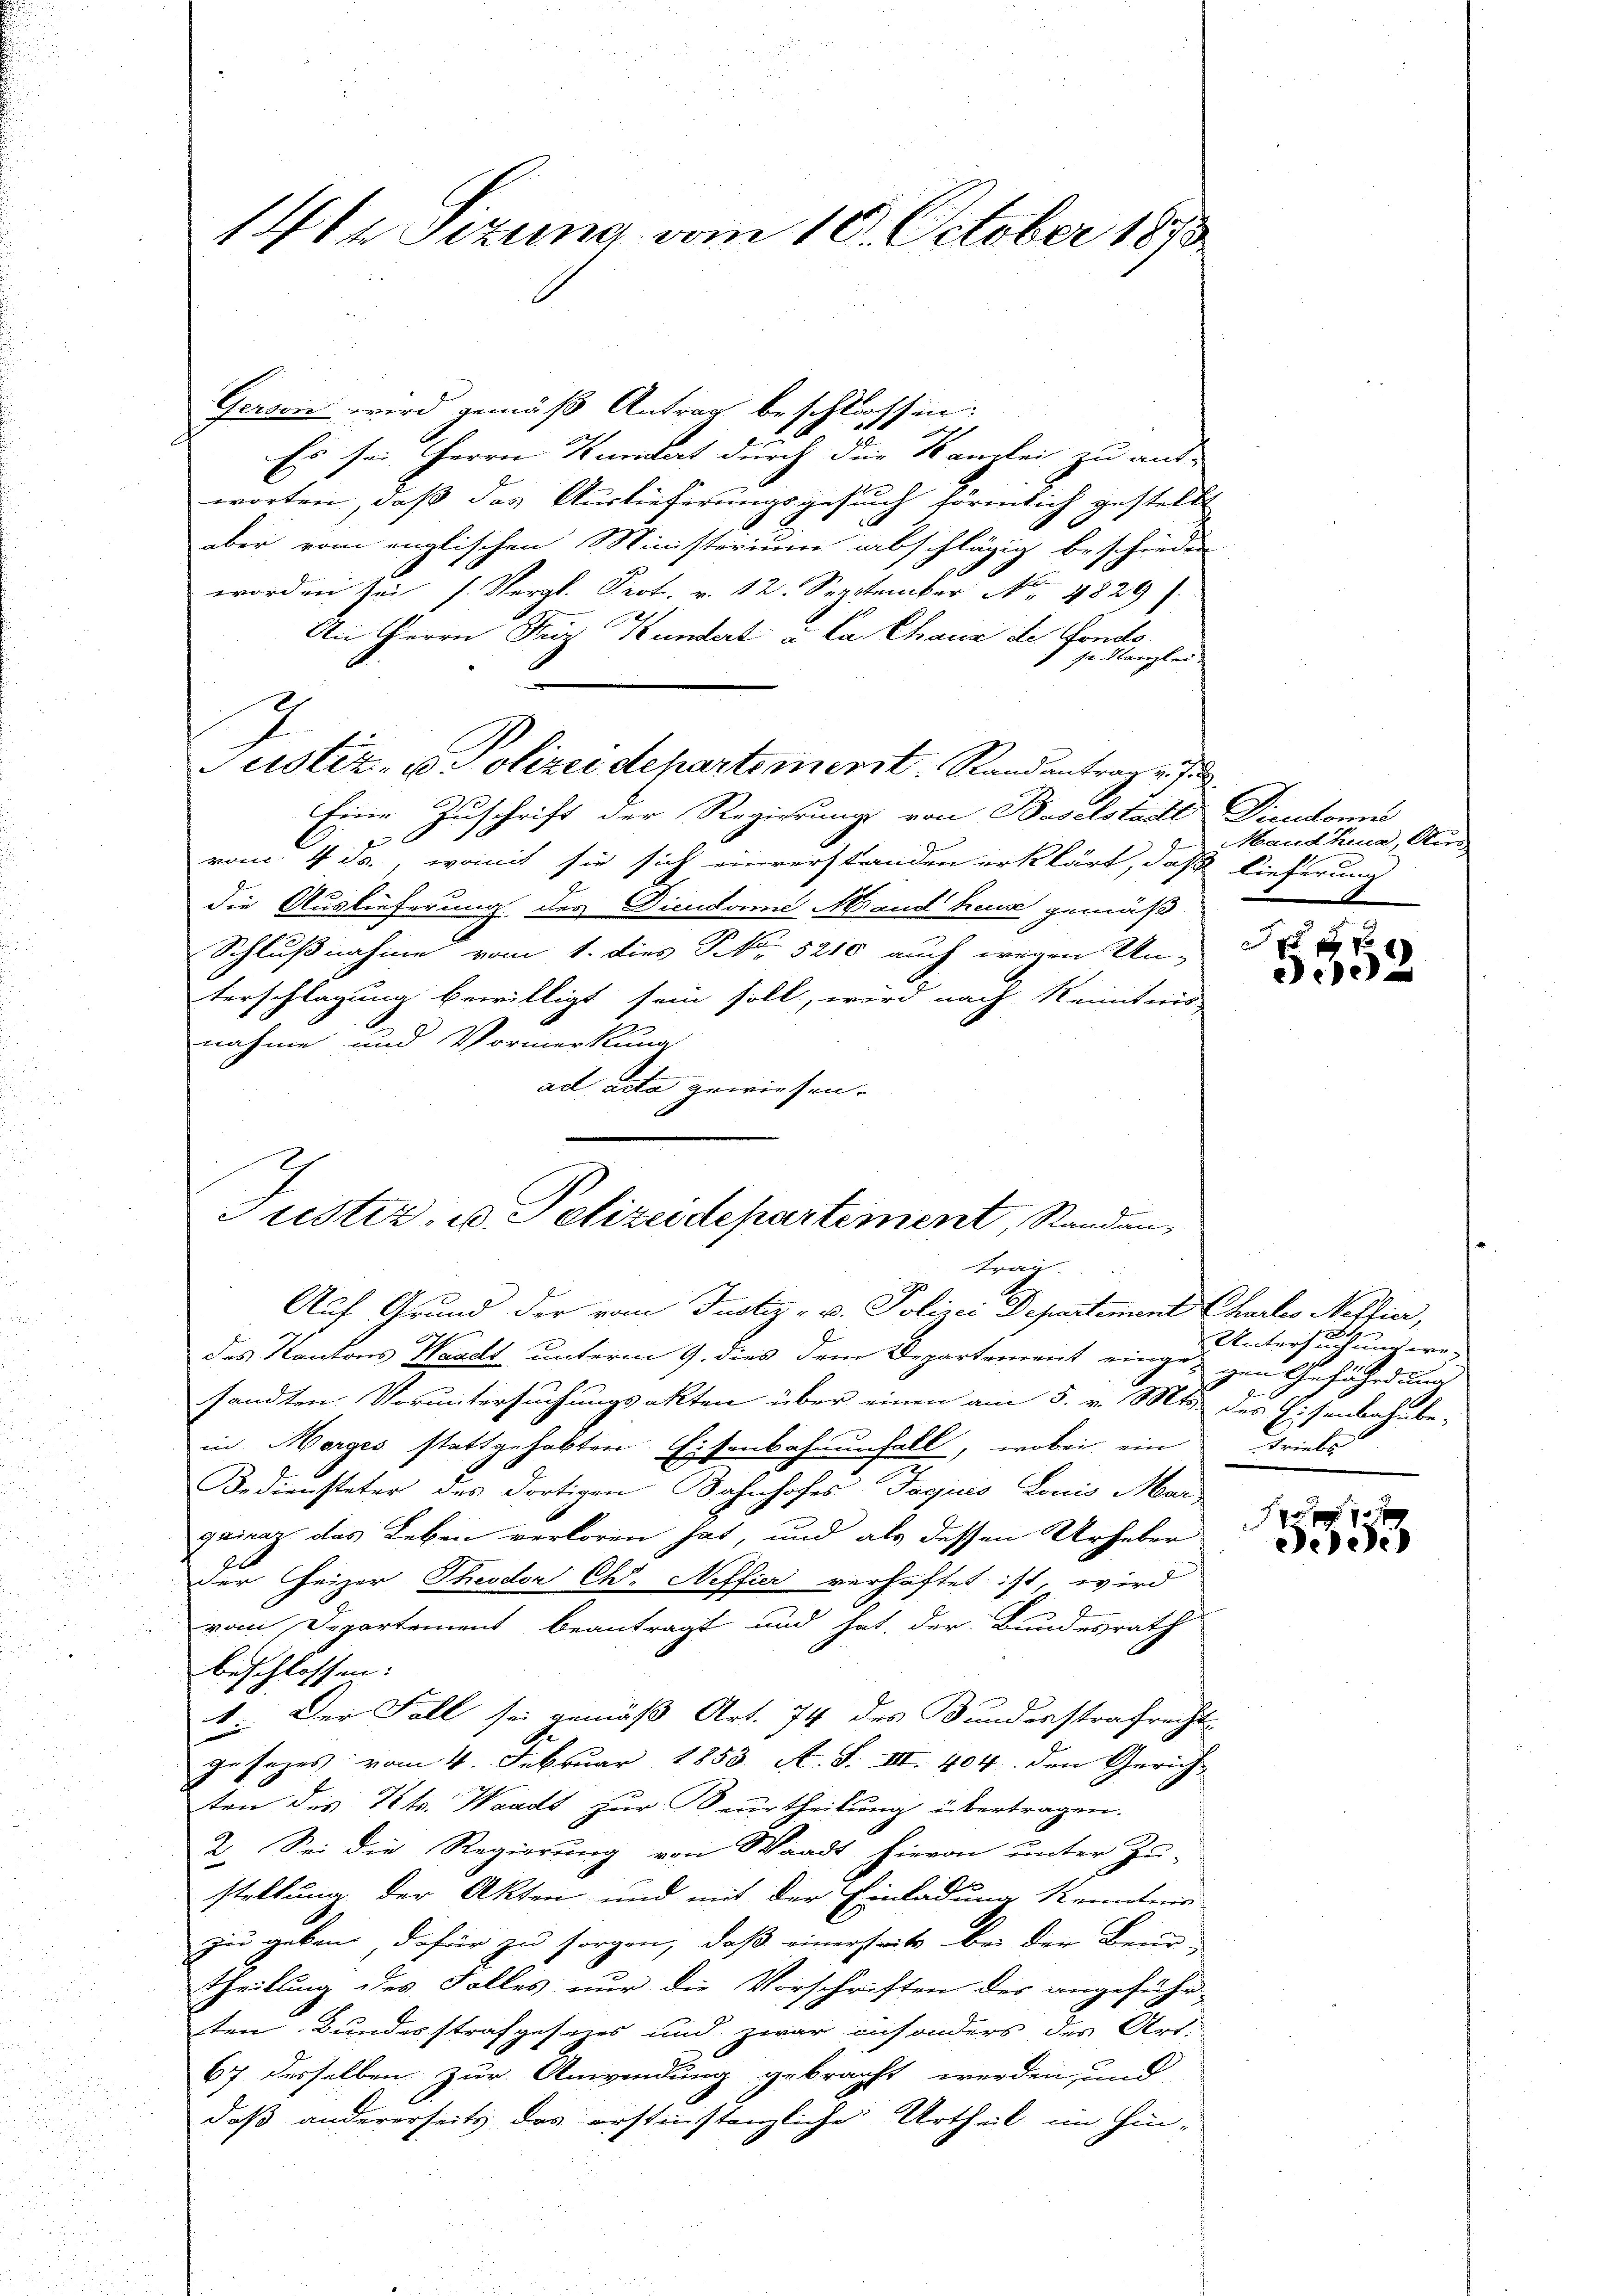
14ke Sitzung vom 10. October 1858

Gerowie wird gemäß Antrag beschlossen:
Es sei. Herrn Kundert durch die Kanzlei zu aus-
worten, daß das Auslieferungsgesuch förmlich gestellt
aber vom englischen Ministerium abschlägig beschieden
worden sei (Vergl. Prot. v. 12. September No. 4829
An Herrn Friz Kundert u. Ca Chaus des Fonds.
 je. Kanzlei
Justiz- & Polizeidepartement, Randantrag auf
Eine Zuschrift der Regierung von Baselstadtt Diendomes
2
vom 4. ds., womit sie sich einverstanden erklärt, daß Lieferung
die Auslieferung des Dicudomne Mand Treuse gemäß
Schlußnahme vom 1. dies Skr. 5210 auch wegen Unterschlagung bewilligt sein soll, wird nach Kenntnis
nahme und Vormerkung
ad acta gewiesen.
Auf Grund der vom Justiz- u. Polizei Departement Chartes Neffier,
des Kantons Waadt unterm 9. dies dem Departement eingegen Gefährdung
sandten Voruntersuchungsakten über einen am 5. v. Mts. des Eisenbahnbe-
in Morges stattgehabten Eisenbahnenfall, wobei ein Triebs
Bediensteter des dortigen Bahnhofes Tagiis Lonio Mar
quira das Leben verloren hat, und als dessen Urheber
der Heizer Theodor C. Neffier verhaftet ist, wird
vom Departement beantragt und hat, der Bundesrath
beschlossen:
1. Der Fall sei gemäß Art. 74 des Bundesstrafrecht
gesages vom 4. Februar 1853. A. S. III. 404 den Gerich
ten des Petr. Waadt zur Beurtheilung übertragen.
2. Sei die Regierung von Waadt hievon unter Zu-
stellung der Akten und mit der Einladung kennten
zu geben, dafür zu sorgen, daß einerseits bei der Beur-
theilung des Falles nur die Vorschriften des angeführ-
ten Bundesstrafgesezes und zwar ansonders der Art.
67 desselben zur Anwendung gebracht werden, und
daß andererseits das erstinstanzliche Urtheil im Hin¬
.

Justiz- u. Polizeidepartement, Randau,
trag.

Handhia, Ker

E
dee

2
Untersuchung we-
fe

7 x
eedene